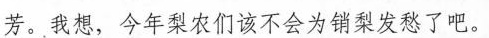
芳。我想，今年梨农们该不会为销梨发愁了吧。